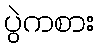
ပွဲကစား